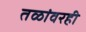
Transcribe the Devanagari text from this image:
तळांवरही